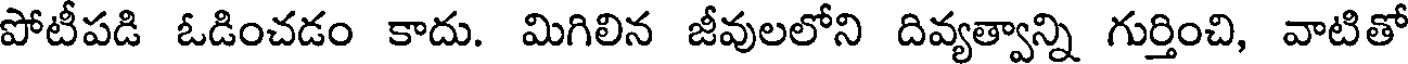
పోటీపడి ఓడించడం కాదు. మిగిలిన జీవులలోని దివ్యత్వాన్ని గుర్తించి, వాటితో